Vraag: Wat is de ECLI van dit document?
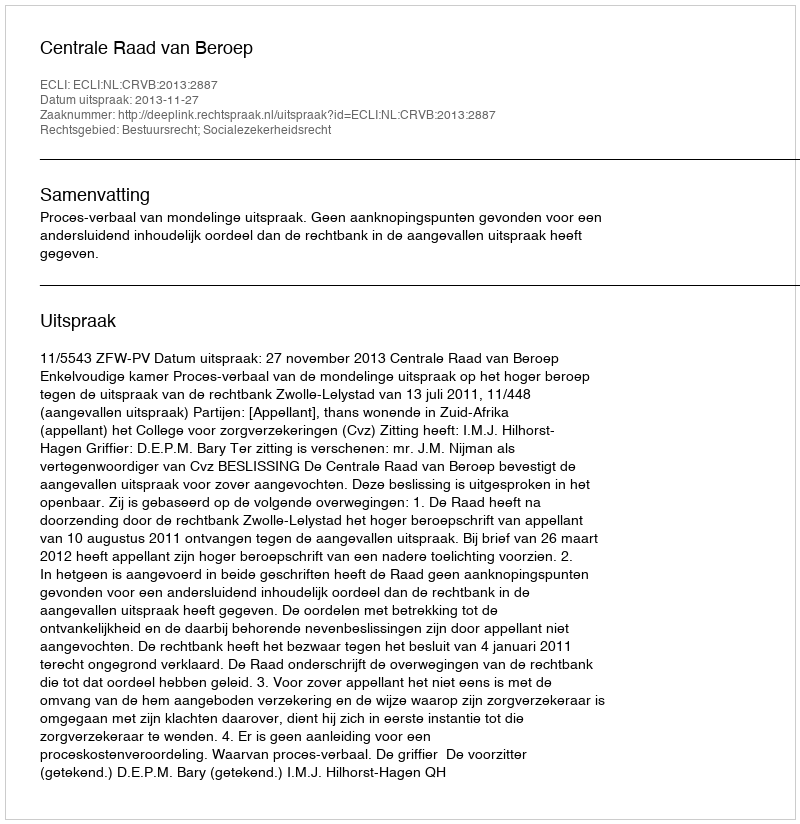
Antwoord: ECLI:NL:CRVB:2013:2887